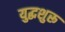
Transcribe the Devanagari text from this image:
युद्धशुरू